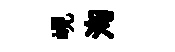
峴洵